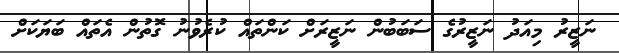
ނަޒީރު މިއަދު ނަޒީރުގެ ސަބަބުން ނަޒީރަށް ކަންތައް ކުރެވުނު ގޮތުން އެތައް ބަޔަކަށް